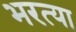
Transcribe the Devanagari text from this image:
भरत्या